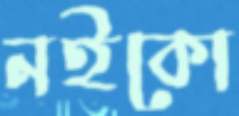
নইকো